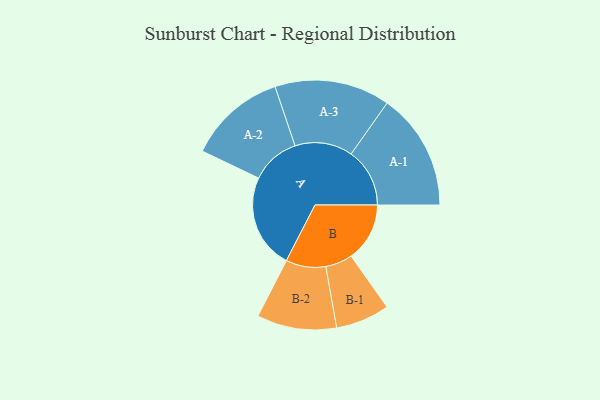
{"axis": {"x": "Segment", "y": "Value"}, "legend": ["", "A", "B"], "data": [{"x": "A", "y": 434, "type": ""}, {"x": "B", "y": 269, "type": ""}, {"x": "A-1", "y": 269, "type": "A"}, {"x": "A-2", "y": 225, "type": "A"}, {"x": "A-3", "y": 265, "type": "A"}, {"x": "B-1", "y": 124, "type": "B"}, {"x": "B-2", "y": 183, "type": "B"}]}